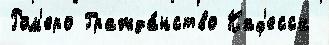
Ром'еро Гражда́нство Каф'есса